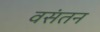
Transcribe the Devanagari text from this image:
वसंतन